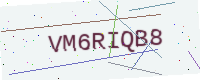
Text: VM6RIQB8